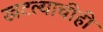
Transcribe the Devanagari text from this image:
खटल्याचीही